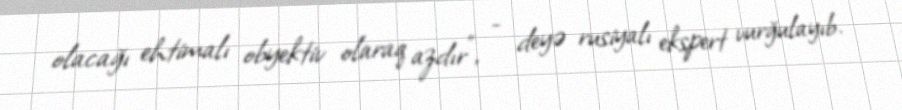
olacağı ehtimalı obyektiv olaraq azdır”, - deyə rusiyalı ekspert vurğulayıb.